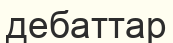
дебаттар